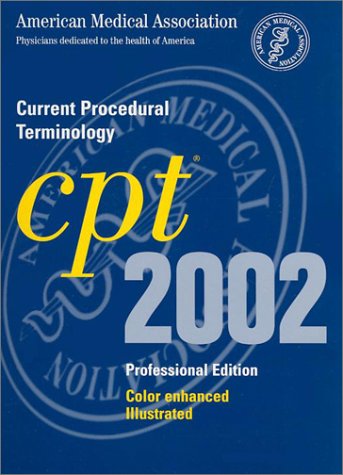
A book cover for Current Procedural Terminology: CPT 2002 (Professional Edition, Spiral-Bound Version); American Medical Association; Medical Books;